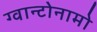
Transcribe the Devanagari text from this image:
ग्वान्टोनामो